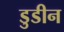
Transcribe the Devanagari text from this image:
डुडीन